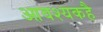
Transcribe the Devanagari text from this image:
आवश्यकहै